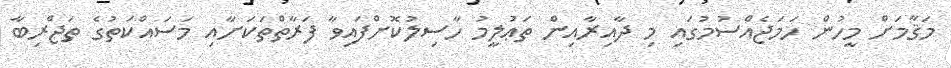
މަޤާމަށް މީހުން ހަމަޖެއްސުމުގައި މި ދާއިރާއިން ތަޢުލީމު ހާސިލުކޮށްފައިވާ ފަރާތްތަކަށާއި މަސައްކަތުގެ ތަޖްރިބާ